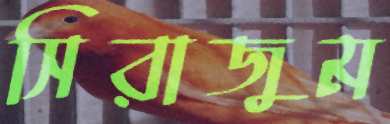
সিরাজুম